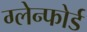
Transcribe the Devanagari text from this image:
ग्लेन्फोर्ड